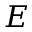
E